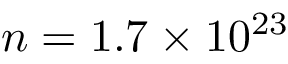
n = 1 . 7 \times 1 0 ^ { 2 3 }